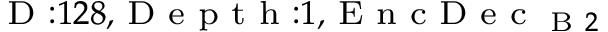
_ { \textrm { D } : 1 2 8 , \textrm { D e p t h } : 1 , \textrm { E n c D e c } _ { \textrm { B } 2 } }